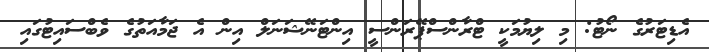
އެޑިޓަރުގެ ނޯޓު: މި ލިޔުމަކީ ޓްރާންސްޕޭރަންސީ އިންޓަނޭޝަނަލް އިން އެ ޖަމާއަތުގެ ވެބްސައިޓުގައި